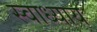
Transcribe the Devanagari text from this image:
स्‍वाध्‍याय